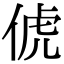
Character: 俿